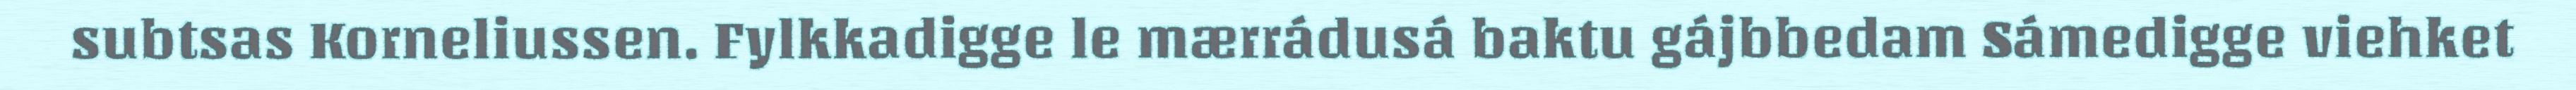
subtsas Korneliussen. Fylkkadigge le mærrádusá baktu gájbbedam Sámedigge viehket